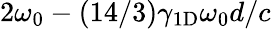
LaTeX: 2\omega_{0}-(14/3)\gamma_{1\mathrm{D}}\omega_{0}d/c